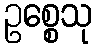
ဥစ္စေသု